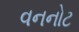
વનનોટ